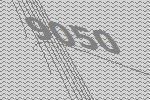
9050